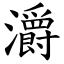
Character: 灂